Annual administration report of the Civil Veterinary Department, Ajmere-Merwara, British Rajputana - 1914-1940
Year: 1914
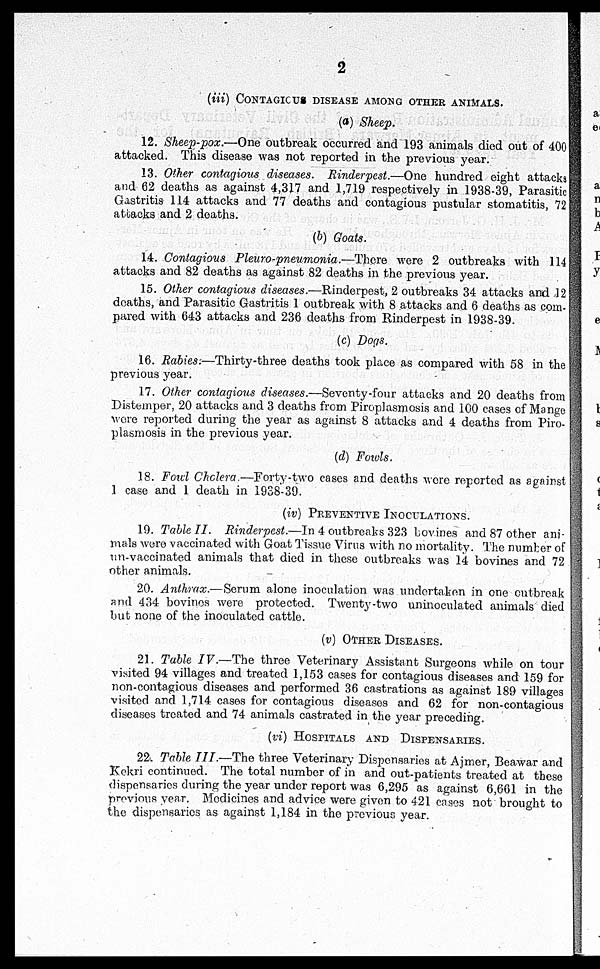
2
(iii) CONTAGICUS DISEASE AMONG OTHER ANIMALS.
(a) Sheep.
12. Sheep-pox.—One outbreak occurred and 193 animals died out of 400
attacked. This disease was not reported in the previous year.
13. Other contagious diseases. Rinderpest.—One hundred eight attacks
and 62 deaths as against 4,317 and 1,719 respectively in 1938-39, Parasitic
Gastritis 114 attacks and 77 deaths and contagious pustular stomatitis, 72
attacks and 2 deaths.
(b) Goats.
14. Contagious Pleuro-pneumonia.—There were 2 outbreaks with 114
attacks and 82 deaths as against 82 deaths in the previous year.
15. Other contagious diseases.—Rinderpest, 2 outbreaks 34 attacks and 12
deaths, and Parasitic Gastritis 1 outbreak with 8 attacks and 6 deaths as com-
pared with 643 attacks and 236 deaths from Rinderpest in 1938-39.
(c) Dogs.
16. Rabies:—Thirty-three deaths took place as compared with 58 in the
previous year.
17. Other contagious diseases.—Seventy-four attacks and 20 deaths from
Distemper, 20 attacks and 3 deaths from Piroplasmosis and 100 cases of Mange
were reported during the year as against 8 attacks and 4 deaths from Piro-
plasmosis in the previous year.
(d) Fowls.
18. Foul Cholera.—Forty-two cases and deaths were reported as against
1 case and 1 death in 1938-39.
(iv) PREVENTIVE INOCULATIONS.
19. Table II. Rinderpest.—In 4 outbreaks 323 bovines and 87 other ani-
mals were vaccinated with Goat Tissue Virus with no mortality. The number of
un-vaccinated animals that died in these outbreaks was 14 bovines and 72
other animals.
20. Anthrax.—Serum alone inoculation was undertaken in one outbreak
and 434 bovines were protected. Twenty-two uninoculated animals died
but none of the inoculated cattle.
(v) OTHER DISEASES.
21. Table IV.—The three Veterinary Assistant Surgeons while on tour
visited 94 villages and treated 1,153 cases for contagious diseases and 159 for
non-contagious diseases and performed 36 castrations as against 189 villages
visited and 1,714 cases for contagious diseases and 62 for non-contagious
diseases treated and 74 animals castrated in the year preceding.
(vi) HOSPITALS AND DISPENSARIES.
22. Table III.—The three Veterinary Dispensaries at Ajmer, Beawar and
Kekri continued. The total number of in and out-patients treated at these
dispensaries during the year under report was 6,295 as against 6,661 in the
previous year. Medicines and advice were given to 421 cases not brought to
the dispensaries as against 1,184 in the previous year.